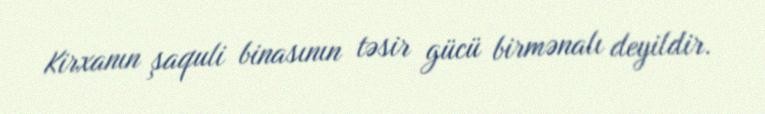
Kirxanın şaquli binasının təsir gücü birmənalı deyildir.